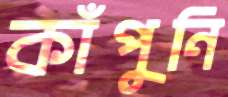
কাঁপুনি